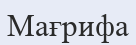
Мағрифа